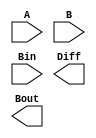
module Group3_Lab4_full(A,B,Bin,Diff,Bout);
input A,B,Bin;
output Diff,Bout;

endmodule